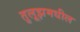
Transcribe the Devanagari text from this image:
तुलूझमधील